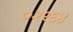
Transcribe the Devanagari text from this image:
०२९६४